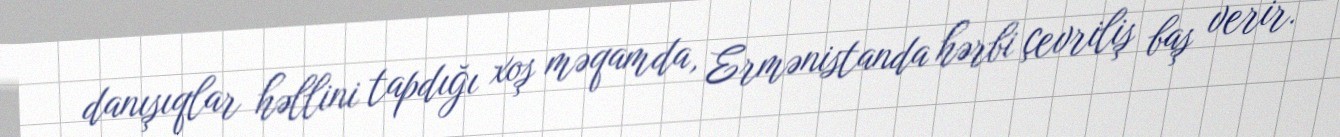
danışıqlar həllini tapdığı xoş məqamda, Ermənistanda hərbi çevriliş baş verir.